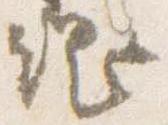
綱